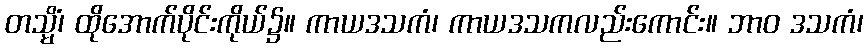
တသ္မိံ၊ ထိုအောက်ပိုင်းကိုယ်၌။ ကာယဒသကံ၊ ကာယဒသကလည်းကောင်း။ ဘာဝ ဒသကံ၊